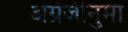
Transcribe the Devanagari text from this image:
अंग्रेजीनुमा